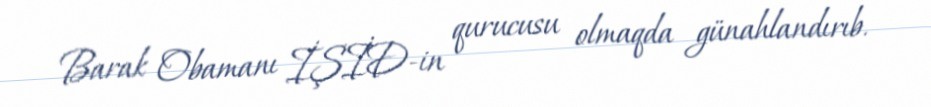
Barak Obamanı İŞİD-in qurucusu olmaqda günahlandırıb.